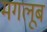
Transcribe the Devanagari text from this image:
मगलूब